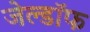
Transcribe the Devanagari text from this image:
जेल्डॉफ